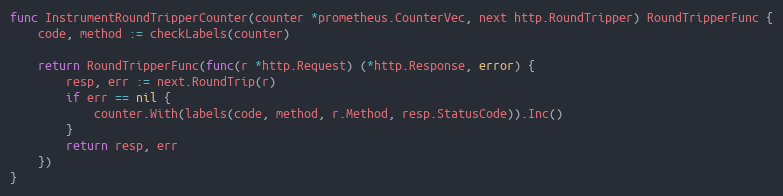
Language: Go
func InstrumentRoundTripperCounter(counter *prometheus.CounterVec, next http.RoundTripper) RoundTripperFunc {
	code, method := checkLabels(counter)

	return RoundTripperFunc(func(r *http.Request) (*http.Response, error) {
		resp, err := next.RoundTrip(r)
		if err == nil {
			counter.With(labels(code, method, r.Method, resp.StatusCode)).Inc()
		}
		return resp, err
	})
}